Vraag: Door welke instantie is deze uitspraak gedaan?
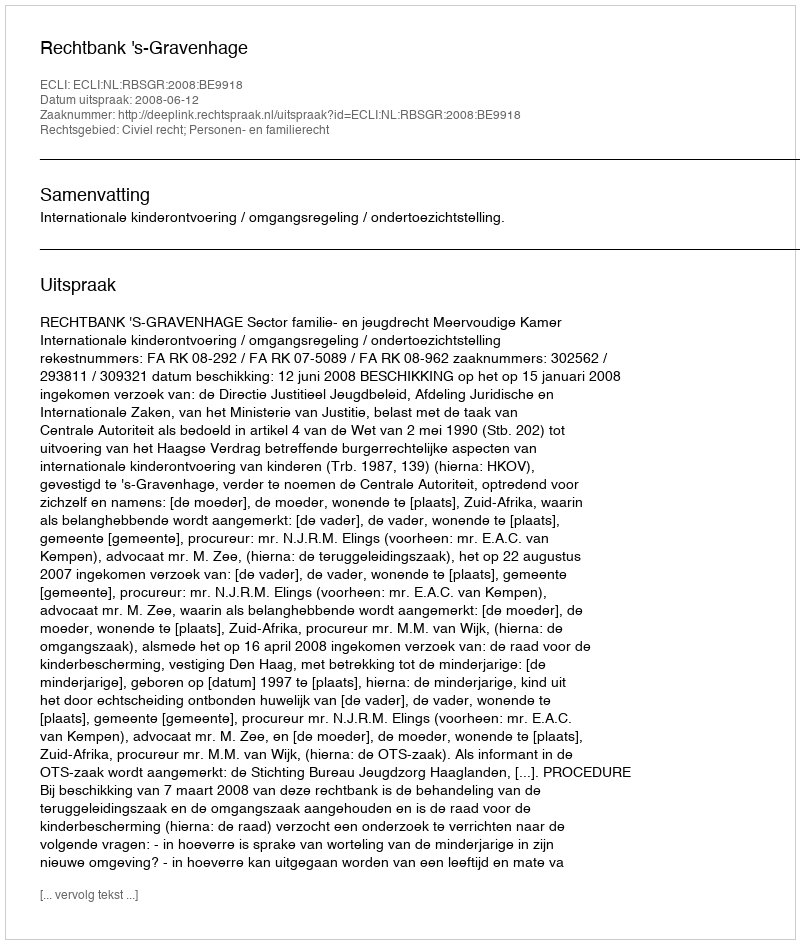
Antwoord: Rechtbank 's-Gravenhage